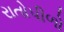
રાતોપીળો